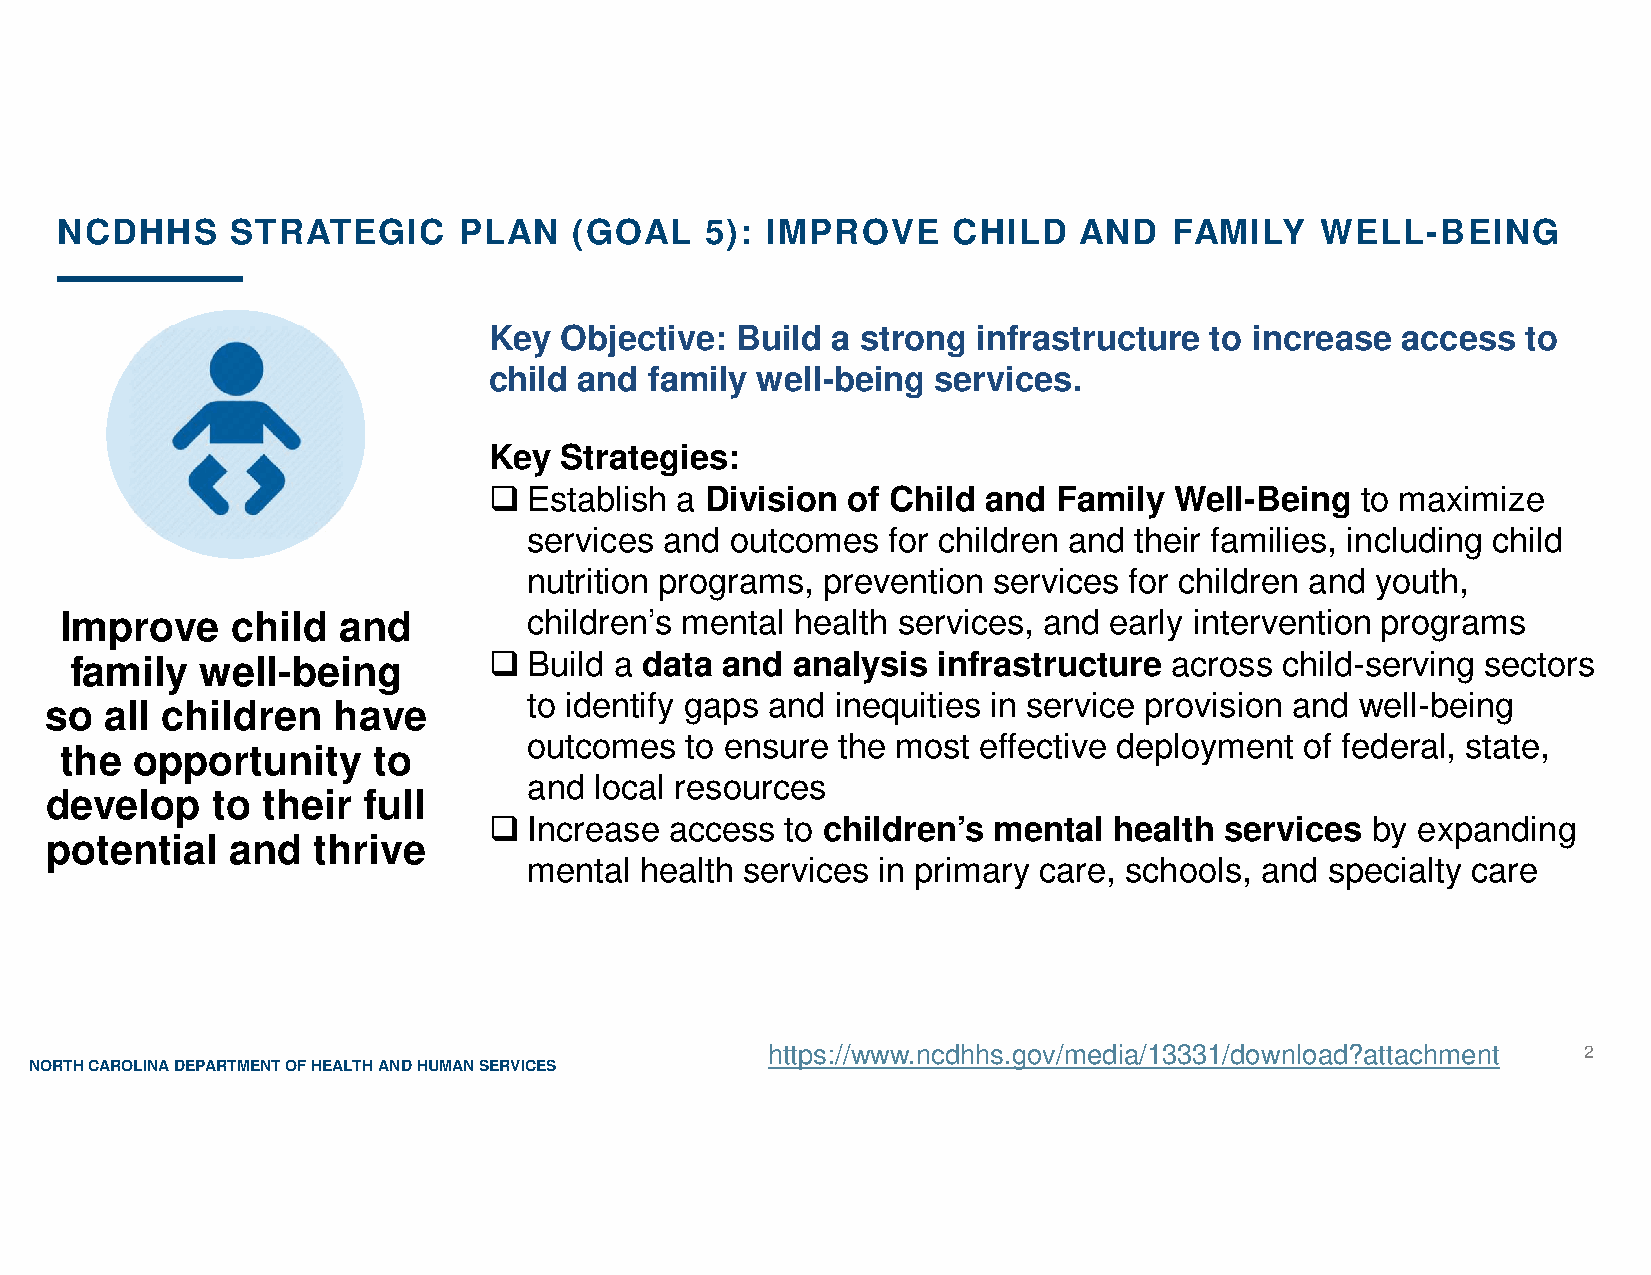
NCDHHS     STRATEGIC      PLAN    (GOAL    5): IMPROVE     CHILD   AND    FAMILY   WELL-BEING
 Key  Objective:  Build a strong  infrastructure to increase  access  to
 child and  family well-being  services.
 Key  Strategies:
 
 Establish a Division of Child and  Family  Well-Being  to maximize
 services and outcomes   for children and their families, including child
 nutrition programs, prevention services for children and youth,
 Improve    child  and          children’s mental health services, and early intervention programs
 
 family  well-being            Build a data and analysis  infrastructure across  child-serving sectors
 to identify gaps and inequities in service provision and well-being
 so  all children   have
 outcomes  to ensure the most  effective deployment of federal, state,
 the  opportunity     to
 and local resources
 develop    to their  full
 
 Increase access  to children’s mental  health services  by expanding
 potential   and   thrive
 mental health services in primary care, schools, and specialty care
 https://www.ncdhhs.gov/media/13331/download?attachment 2
 NORTH CAROLINA DEPARTMENT OF HEALTH AND HUMAN SERVICES